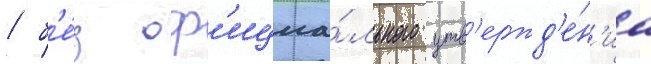
/ б'е́з оф'ициа́льного утв'ержд'е́н'иа